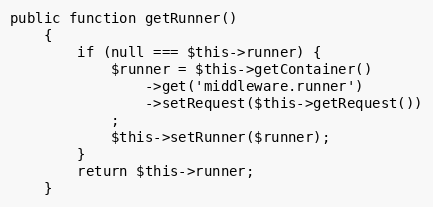
Language: PHP
public function getRunner()
    {
        if (null === $this->runner) {
            $runner = $this->getContainer()
                ->get('middleware.runner')
                ->setRequest($this->getRequest())
            ;
            $this->setRunner($runner);
        }
        return $this->runner;
    }